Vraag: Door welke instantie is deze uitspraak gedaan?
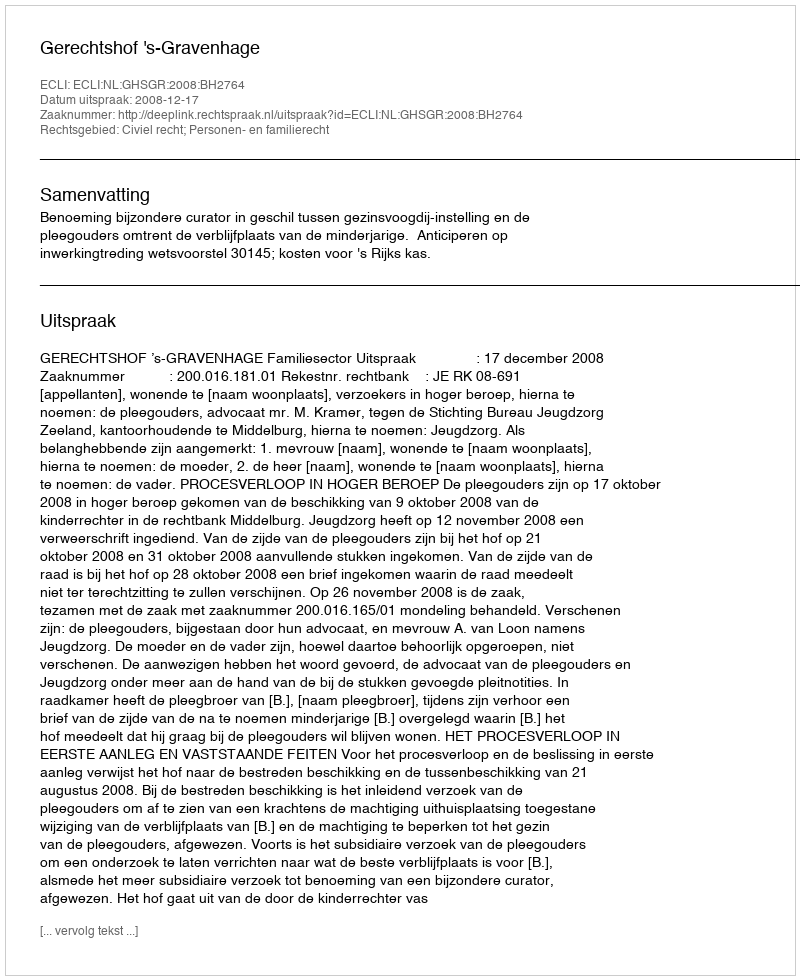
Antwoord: Gerechtshof 's-Gravenhage